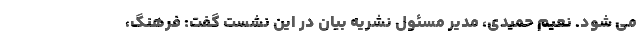
می شود. نعیم حمیدی، مدیر مسئول نشریه بیان در این نشست گفت: فرهنگ،